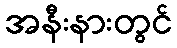
အနီးနားတွင်